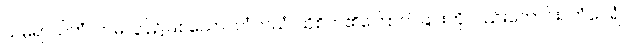
သမ္ပရာယိကံ၊ တမလွန်၌ဖြစ်သော။ တံဘယံ၊ ထိုစိတ်၏ကြောက်ခြင်းကိုလည်းကောင်း။ တံဝေရံ၊